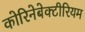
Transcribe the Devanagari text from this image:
कोरिनेबेक्टीरियम